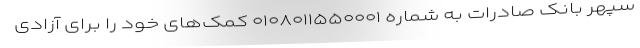
سپهر بانک صادرات به شماره ۰۱۰۸۰۱۱۵۵۰۰۰۱ کمک‌های خود را برای آزادی